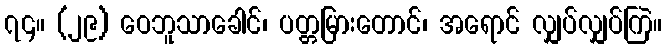
၇၄။ (၂၉) ဝေဘူသာခေါင်၊ ပတ္တမြားတောင်၊ အရောင် လျှပ်လျှပ်ကြဲ။